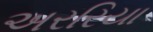
અરરિયા